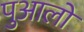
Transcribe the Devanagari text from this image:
पुआलों